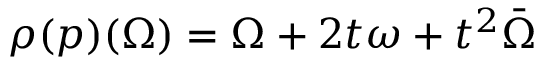
\rho ( p ) ( \Omega ) = \Omega + 2 t \omega + t ^ { 2 } \bar { \Omega }